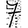
Digit: 7